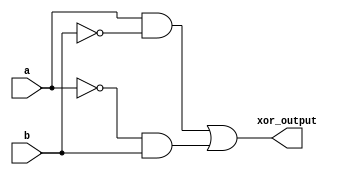
module xor_gate (
    input a,
    input b,
    output xor_output
);

wire and_output, not_a, not_b;

assign not_a = ~a;
assign not_b = ~b;
assign and_output = (a & not_b) | (not_a & b);
assign xor_output = and_output;

endmodule